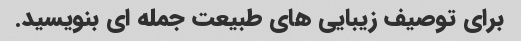
برای توصیف زیبایی های طبیعت جمله ای بنویسید.